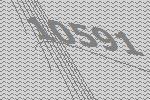
10591